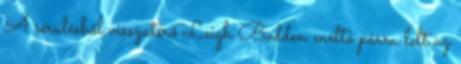
A sérülésből visszatérő Leigh Bodden méltó párra lelt az